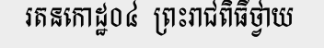
រតនកោដ្ឋ០៤  ព្រះរាជពិធីថ្វាយ